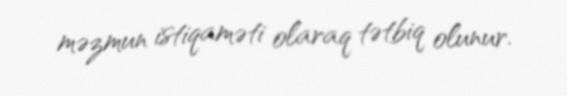
məzmun istiqaməti olaraq tətbiq olunur.